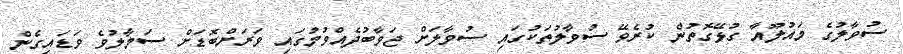
ސުވާލުގެ މައުލޫއާ ގުޅޭގޮތުން ކުރެވޭ ސުވާލުތަކުގައި ސުވާލަށް ޖަވާބުދެއްވުމުގައި ވަރަށްބޮޑަށް ސަމާލުވެ ވަޑައިގެން